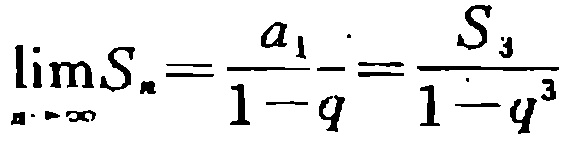
\(\lim_{n \to \infty}S_{n}=\frac{a_{1}}{1 - q}=\frac{S_{3}}{1 - q^{3}}\)